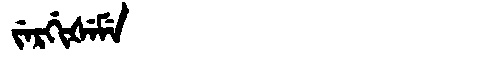
Manchu: ᠵᡝᡵᡤᡳᡧᡝᠮᡝ
Romanization: JERGIŠEME